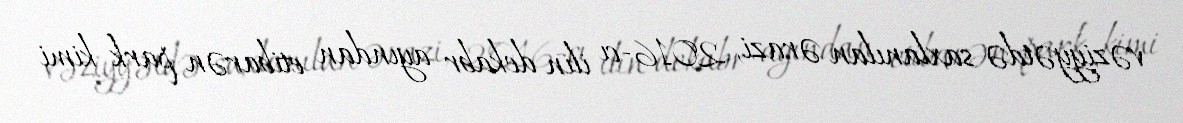
vəziyyətdə saxlanılan ərazi, 2016-cı ilin dekabr ayından etibarən park kimi